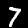
Label: 7